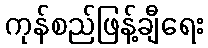
ကုန်စည်ဖြန့်ချီရေး